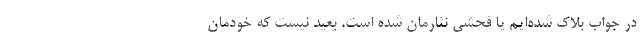
در جواب بلاک شده‌ایم یا فحشی نثارمان شده است. بعید نیست که خودمان